Vaccination report Assam 1896-1927 - 1896-1927
Year: 1896
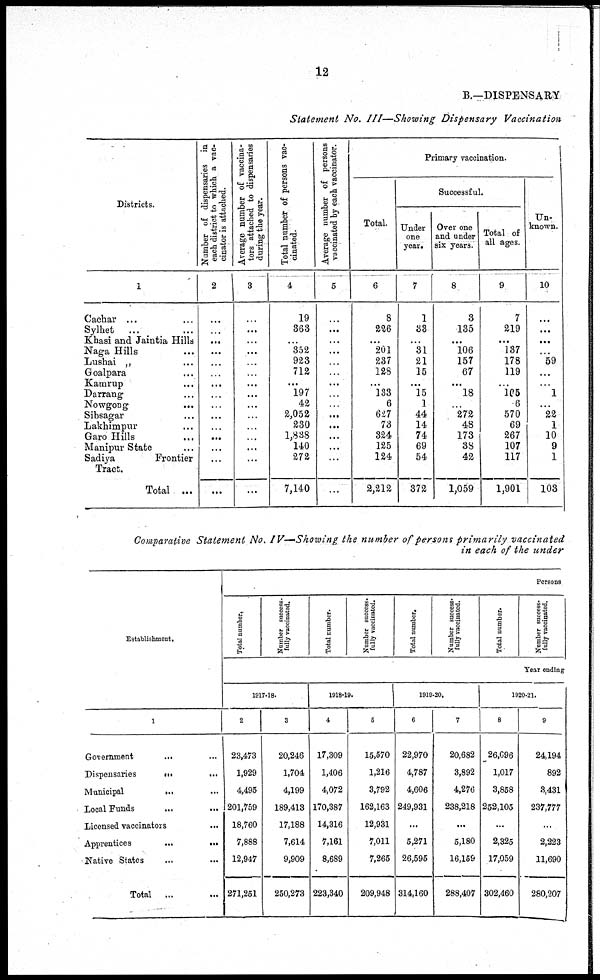
12
B.—DISPENSARY
Statement No. III—Showing Dispensary Vaccination
Districts.
1
Cachar ... ...
Sylhet
...
Khasi and Jaintia Hills
Naga Hills ...
Lushai „ ...
Goalpara ...
Kamrup ...
Darrang ...
Nowgong
...
Sibsagar ...
Lakhimpur ...
Garo Hills ...
Manipur State ...
Sadiya
Frontier
Tract.
Total ...
Number of dispensaries in
each district to which a vac-
cinator is attached.
2
...
...
...
...
...
...
...
...
...
...
...
...
...
...
...
Average number of vaccina-
tors attached to dispensaries
during the year.
3
...
...
...
...
...
...
...
...
...
...
...
...
...
...
...
Total number of persons vac-
cinated.
4
19
363
...
352
923
712
...
197
42
2,052
230
1,838
140
272
7,140
Average number of persons
vaccinated by each vaccinator.
5
...
...
...
...
...
...
...
...
...
...
...
...
...
...
...
Primary vaccination.
Total.
6
8
226
...
201
237
128
...
133
6
627
73
324
125
124
2,212
Successful.
Under
one
year.
7
1
33
...
31
21
15
...
15
1
44
14
74
69
54
372
Over one
and under
six years.
8
3
135
...
106
157
67
...
18
...
272
48
173
38
42
1,059
Total of
all ages.
9
7
219
...
137
178
119
...
105
6
570
69
267
107
117
1,901
Un-
known.
10
...
...
...
...
59
...
...
1
...
22
1
10
9
1
103
Comparative Statement No. IV—Showing the number of persons primarily vaccinated
in each of the under
Establishment.
1
Government
... ...
Dispensaries
...
...
Municipal
... ...
Local Funds ... ...
Licensed vaccinators ...
Apprentices
...
...
Native States ... ...
Total ...
Persons
Total number.
Number success¬
fully vaccinated.
Total number.
Number success-
fully vaccinated.
Total number.
Number success-
fully vaccinated.
Total number.
Number success-
fully vaccinated.
Year ending
1917-18.
2
23,473
1,929
4,495
201,759
18,760
7,888
12,947
271,261
3
20,246
1,704
4,199
189,413
17,188
7,614
9,909
250,273
1918-19.
4
17,309
1,406
4,072
170,387
14,316
7,161
8,689
223,340
5
15,570
1,216
3,792
162,163
12,931
7,011
7,265
209,948
1919-20.
6
22,970
4,787
4,606
249,931
...
5,271
26,595
314,160
7
20,682
3,892
4,276
238,218
...
5,180
16,159
288,407
1920-21.
8
26,696
1,017
3,858
252,105
...
2,325
17,059
302,460
9
24,194
892
3,431
237,777
...
2,223
11,690
280,207